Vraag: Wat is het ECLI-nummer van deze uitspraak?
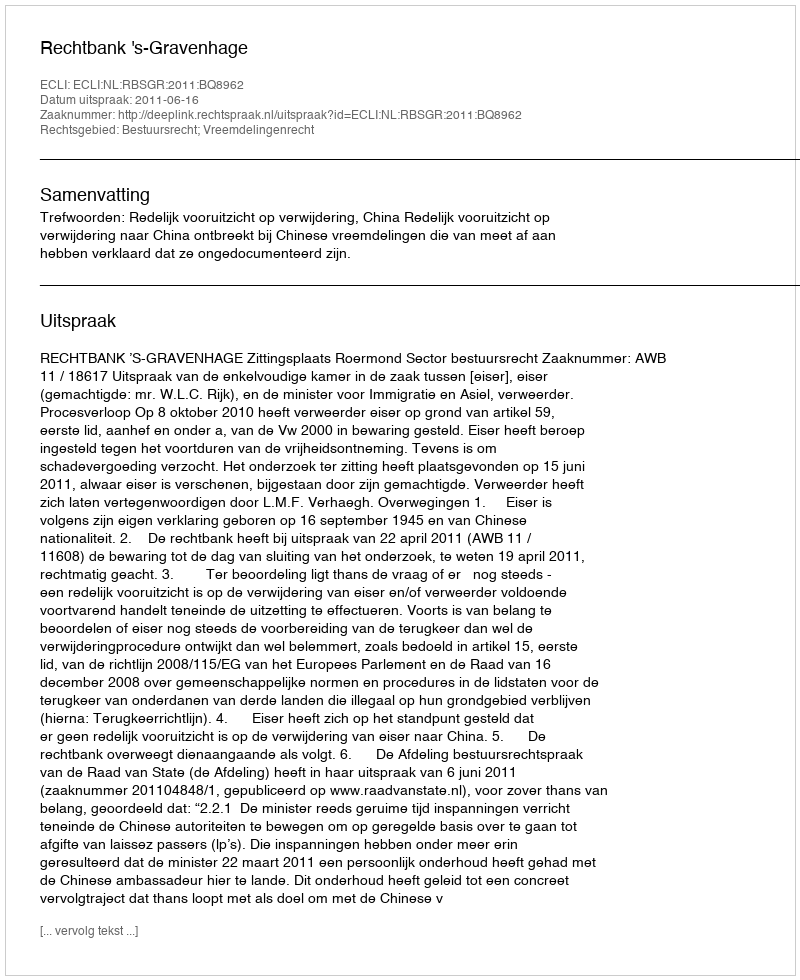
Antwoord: ECLI:NL:RBSGR:2011:BQ8962